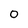
Character: 0